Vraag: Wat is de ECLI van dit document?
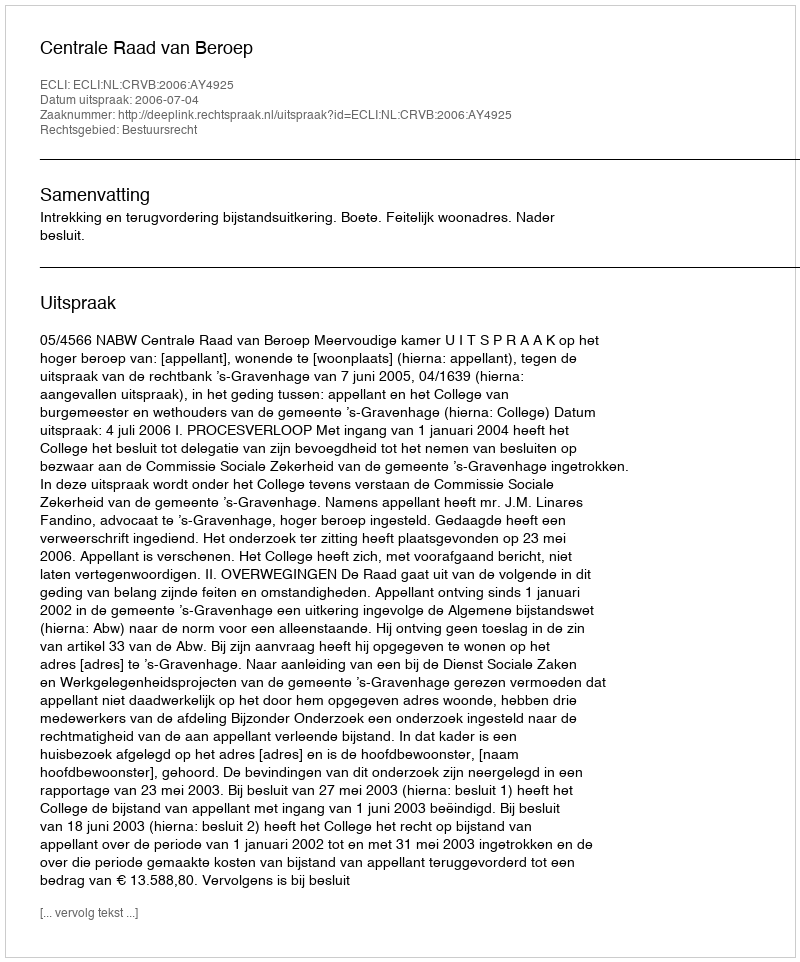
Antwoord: ECLI:NL:CRVB:2006:AY4925